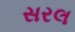
સરલ